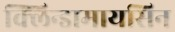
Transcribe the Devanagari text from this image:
क्लिन्डामायसिन